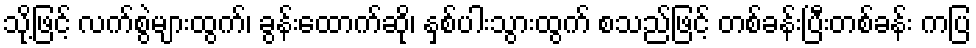
သို့ဖြင့် လက်စွဲများထွက်၊ ခွန်းထောက်ဆို၊ နှစ်ပါးသွားထွက် စသည်ဖြင့် တစ်ခန်းပြီးတစ်ခန်း ကပြ